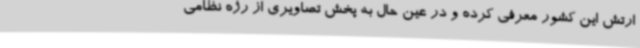
ارتش این کشور معرفی کرده و در عین حال به پخش تصاویری از رژه نظامی